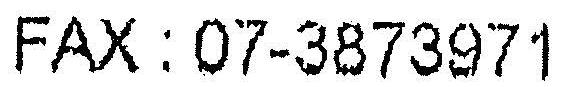
FAX : 07-3873971